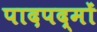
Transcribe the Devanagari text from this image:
पादपद्मों